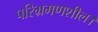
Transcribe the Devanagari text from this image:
परिभ्रमणशील।